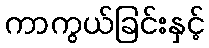
ကာကွယ်ခြင်းနှင့်